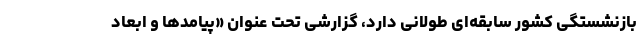
بازنشستگی کشور سابقه‌ای طولانی دارد، گزارشی تحت عنوان «پیامدها و ابعاد